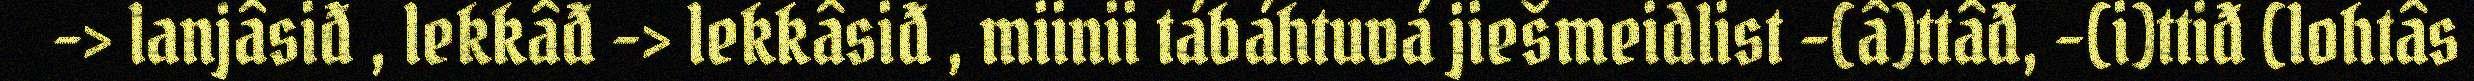
-> lanjâsiđ , lekkâđ -> lekkâsiđ , miinii tábáhtuvá jiešmeidlist -(â)ttâđ, -(i)ttiđ (lohtâs